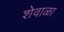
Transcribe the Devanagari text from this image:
शेवाळा